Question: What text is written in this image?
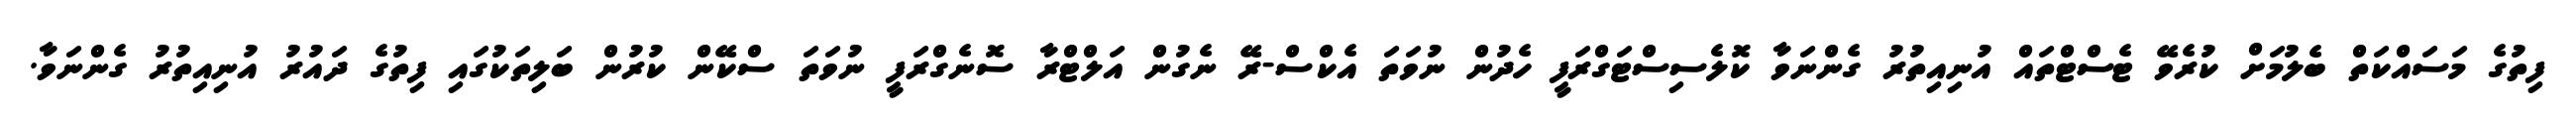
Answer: ފިތުގެ މަސައްކަތް ބެލުމަށް ކުރެވޭ ޓެސްޓްތައް އުނިއިތުރު ގެންނަވާ ކޮލެސިސްޓަގްރަފީ ހެދުން ނުވަތަ އެކްސް-ރޭ ނެގުން އަލްޓްރާ ސޮނެގްރަފީ ނުވަތަ ސްކޭން ކުރުން ބަލިތަކުގައި ފިތުގެ ދައުރު އުނިއިތުރު ގެންނަވާ.